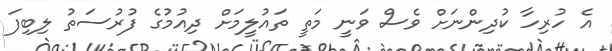
އެ ހުރިހާ ކުދިންނަށް ވެސް ވަނީ މަތީ ތައުލީމަށް ދިއުމުގެ ފުރުސަތު ލިބިފަ